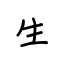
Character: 生